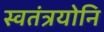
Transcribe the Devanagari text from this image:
स्वतंत्रयोनि